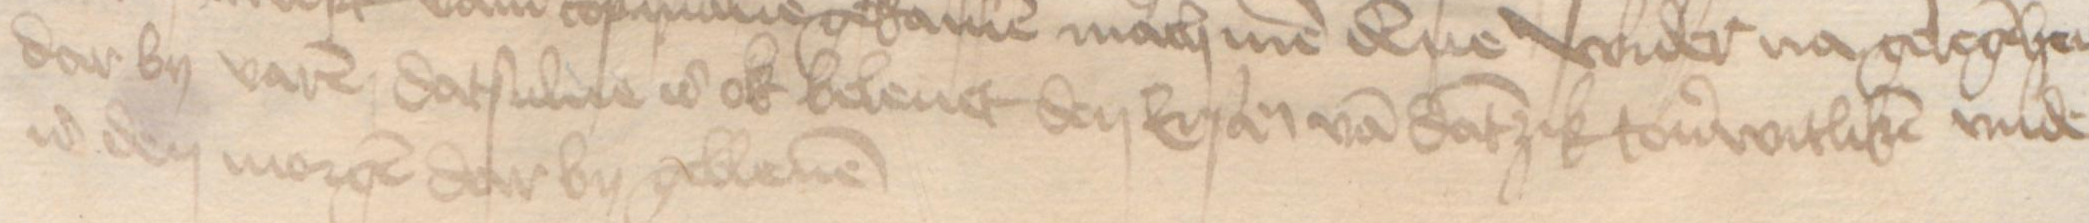
dar by varen datsulue is ok beleuet den Ersamen van Dantzik touerwitliken vnde